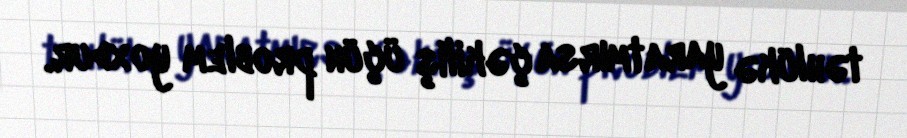
təhlükə yaratmırsa çəkiliş üçün problem yoxdur.